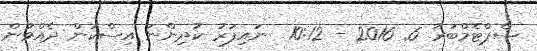
ސެޕްޓެމްބަރު 6